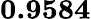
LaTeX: \mathbf{0.9584}